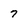
Character: 7